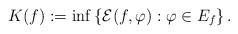
LaTeX: \begin{align*}K(f):=\inf\left\lbrace \mathcal{E}(f,\varphi): \varphi \in E_f\right\rbrace.\end{align*}